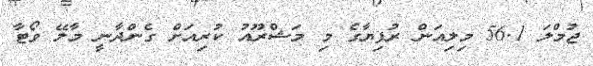
ޖުމްލަ 56.1 މިލިއަން ރުފިޔާގެ މި މަޝްރޫއު ކުރިއަށް ގެންދާނީ މާލޭ ވޯޓާ